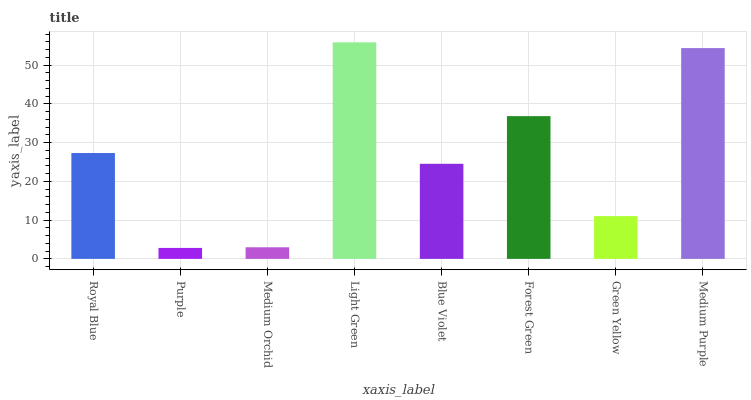
| xaxis_label | bars |
 | --- | --- |
 | Royal Blue | 27.3 |
 | Purple | 2.83 |
 | Medium Orchid | 2.99 |
 | Light Green | 55.9 |
 | Blue Violet | 24.5 |
 | Forest Green | 36.8 |
 | Green Yellow | 11 |
 | Medium Purple | 54.4 |